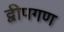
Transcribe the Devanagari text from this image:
द्वीपगण